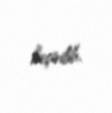
keçirilib.